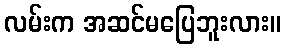
လမ်းက အဆင်မပြေဘူးလား။